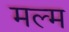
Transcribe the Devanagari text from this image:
मल्म